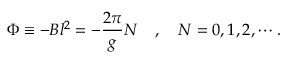
\Phi \equiv - B l ^ { 2 } = - \frac { 2 \pi } { g } N \quad , \quad N = 0 , 1 , 2 , \cdots .